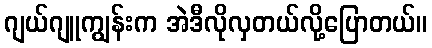
ဂျယ်ဂျူကျွန်းက အဲဒီလိုလှတယ်လို့ပြောတယ်။